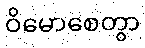
ဝိမောစေတွာ